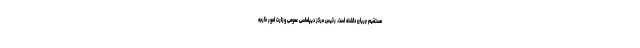
مستقیم جریان داشته است. رئیس مرکز دیپلماسی عمومی وزارت امور خارجه